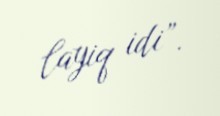
layiq idi”.